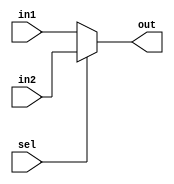
`timescale 1ns / 1ps
//////////////////////////////////////////////////////////////////////////////////
// Company:
// Engineer:
//
// Design Name:
// Module Name: Mux_TwotoOne5
// Project Name:
// Target Devices:
// Tool Versions:
// Description:
//
// Dependencies:
//
// Revision:
// Revision 0.01 - File Created
// Additional Comments:
//
//////////////////////////////////////////////////////////////////////////////////


module Mux_TwotoOne5(sel, in1, in2, out);
	input  sel;
	input  [4:0]  in1;
	input  [4:0]  in2;
	output [4:0]  out;

	assign out = (sel) ? in2 : in1;
endmodule